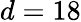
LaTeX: d=18